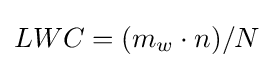
LWC=(m_{w}\cdot n)/N